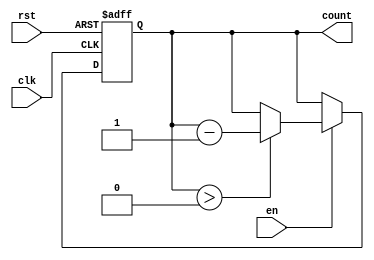
module down_counter #(
    parameter N = 3  // Number of bits for the counter
)(
    input wire clk,     // Clock signal
    input wire rst,     // Asynchronous reset signal
    input wire en,      // Enable signal
    output reg [N-1:0] count // Current count value
);

    // State transition logic
    always @(posedge clk or posedge rst) begin
        if (rst) begin
            // On reset, set count to maximum value (2^N - 1)
            count <= (1 << N) - 1; // This is equivalent to 2^N - 1
        end else if (en) begin
            // Count down if enabled and not at minimum state
            if (count > 0) begin
                count <= count - 1;
            end
            // If count is already 0, it remains at 0
        end
    end

endmodule